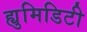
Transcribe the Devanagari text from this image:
ह्युमिडिटी